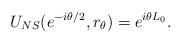
LaTeX: \begin{align*}U_{NS}(e^{-i \theta/2}, r_{\theta}) = e^{i \theta L_0}.\end{align*}